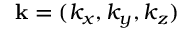
{ \bf k } = ( k _ { x } , k _ { y } , k _ { z } )